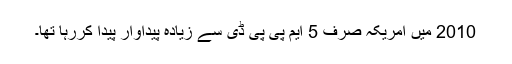
2010 میں امریکہ صرف 5 ایم پی پی ڈی سے زیادہ پیداوار پیدا کررہا تھا۔